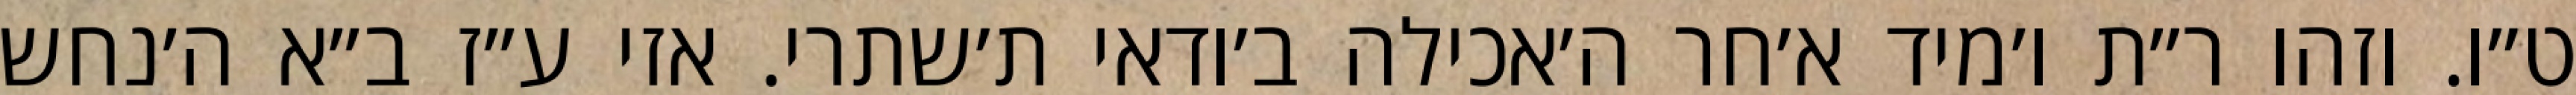
ט״ו. וזהו ר״ת ו׳מיד א׳חר ה׳אכילה ב׳ודאי ת׳שתרי. אזי ע״ז ב״א ה׳נחש